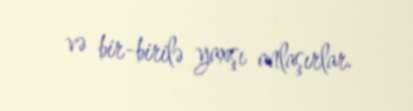
və bir-birilə yaxşı anlaşırlar.